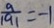
\frac { a } { \vert a \vert } = - 1